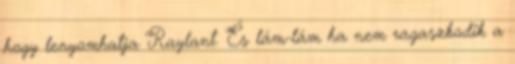
hogy lenyomhatja Raylant. És lám-lám ha nem ragaszkodik a